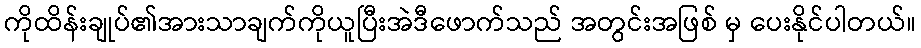
ကိုထိန်းချုပ်၏အားသာချက်ကိုယူပြီးအဲဒီဖောက်သည် အတွင်းအဖြစ် မှ ပေးနိုင်ပါတယ်။